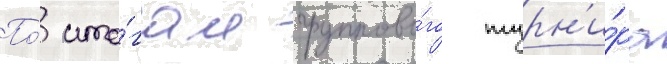
По́ ито́гам группово́го турн'и́ра